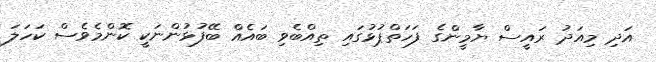
އަދި މިއަދު ރައީސް ޔާމީންގެ ފަހަތްޕުޅުގައި ތިއްބެވި ބައެއް ބޭފުޅުންނަކީ ކޮންމެވެސް ކަހަލަ